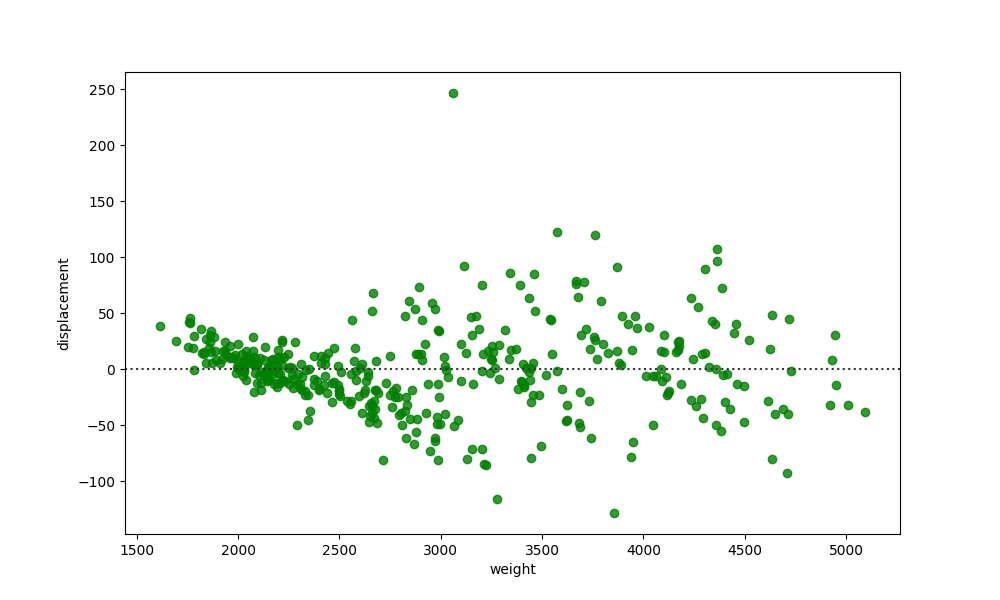
python, seaborn, residplot, lowess=False, scatter_color=green